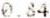
0.84